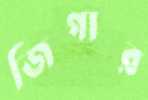
জিগার